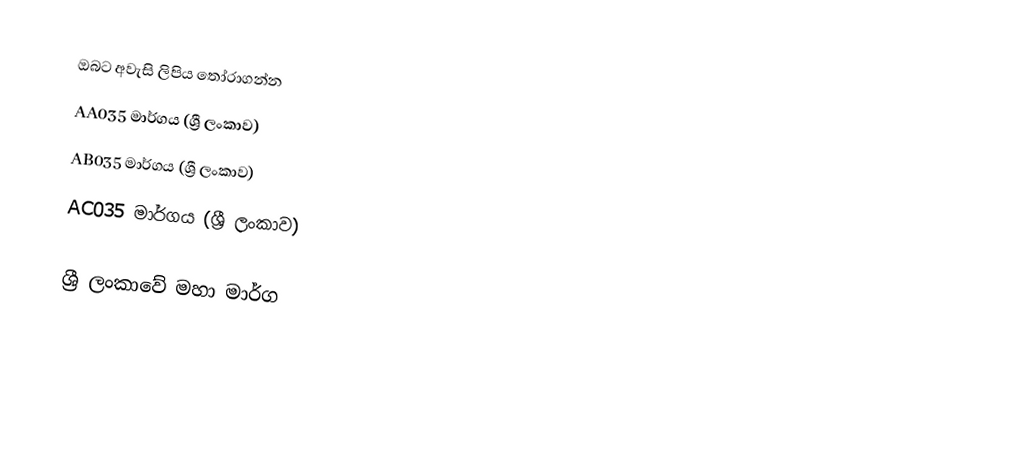
ඔබට අවැසි ලිපිය තෝරාගන්න
 AA035 මාර්ගය (ශ්‍රී ලංකාව)
 AB035 මාර්ගය (ශ්‍රී ලංකාව)
 AC035 මාර්ගය (ශ්‍රී ලංකාව)

ශ්‍රී ලංකාවේ මහා මාර්ග